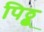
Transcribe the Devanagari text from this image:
पिठ्ठू